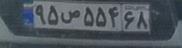
۹۵ص۵۵۴۶۸